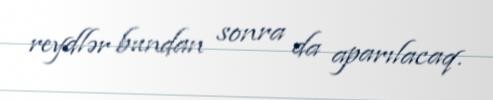
reydlər bundan sonra da aparılacaq.